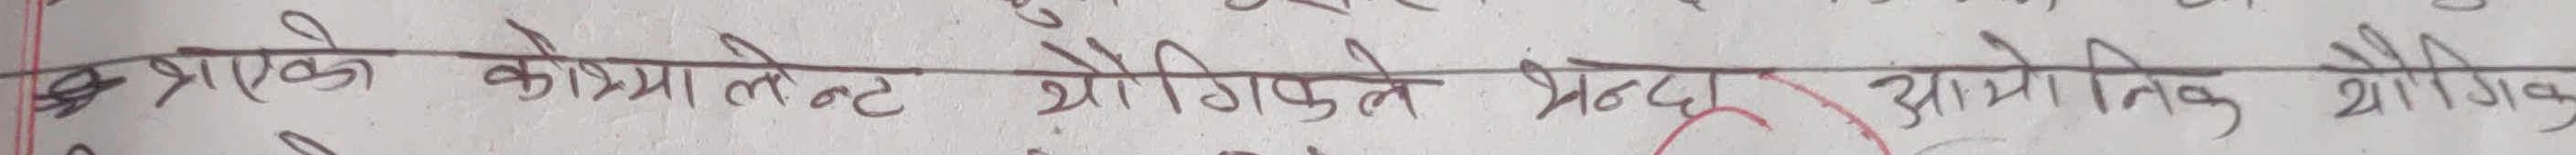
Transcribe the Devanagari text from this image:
प्रत्येक कोभलेन्ट यौगिक भेद् आयनिक यौगिक